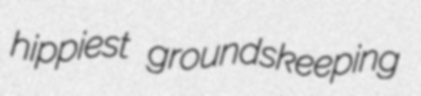
hippiest groundskeeping